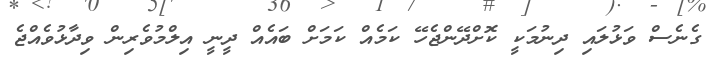
ގެނެސް ވަޅުލައި ދިނުމަކީ ކޮށްދޭންޖެހޭ ކަމެއް ކަމަށް ބައެއް ދީނީ އިލްމުވެރިން ވިދާޅުވެއްޖެ